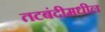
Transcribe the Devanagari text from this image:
तटबंदीमधील